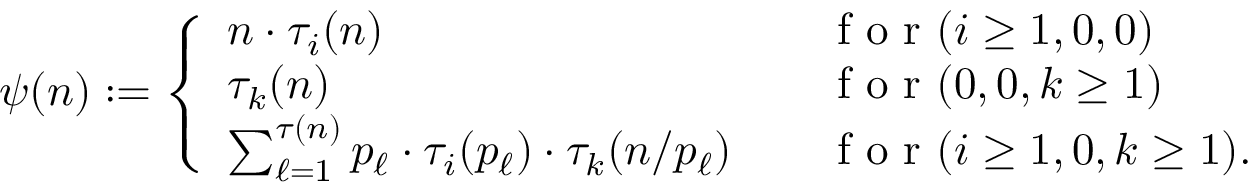
\psi ( n ) : = \left\{ \begin{array} { l l } { n \cdot \tau _ { i } ( n ) \quad } & { \textnormal { f o r } ( i \geq 1 , 0 , 0 ) \smallskip } \\ { \tau _ { k } ( n ) \quad } & { \textnormal { f o r } ( 0 , 0 , k \geq 1 ) \smallskip } \\ { \sum _ { \ell = 1 } ^ { \tau ( n ) } p _ { \ell } \cdot \tau _ { i } ( p _ { \ell } ) \cdot \tau _ { k } ( n / p _ { \ell } ) \quad } & { \textnormal { f o r } ( i \geq 1 , 0 , k \geq 1 ) . } \end{array} \right.